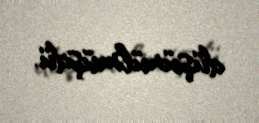
düşünülmüşdü.